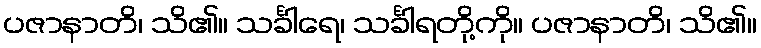
ပဇာနာတိ၊ သိ၏။ သင်္ခါရေ၊ သင်္ခါရတို့ကို။ ပဇာနာတိ၊ သိ၏။